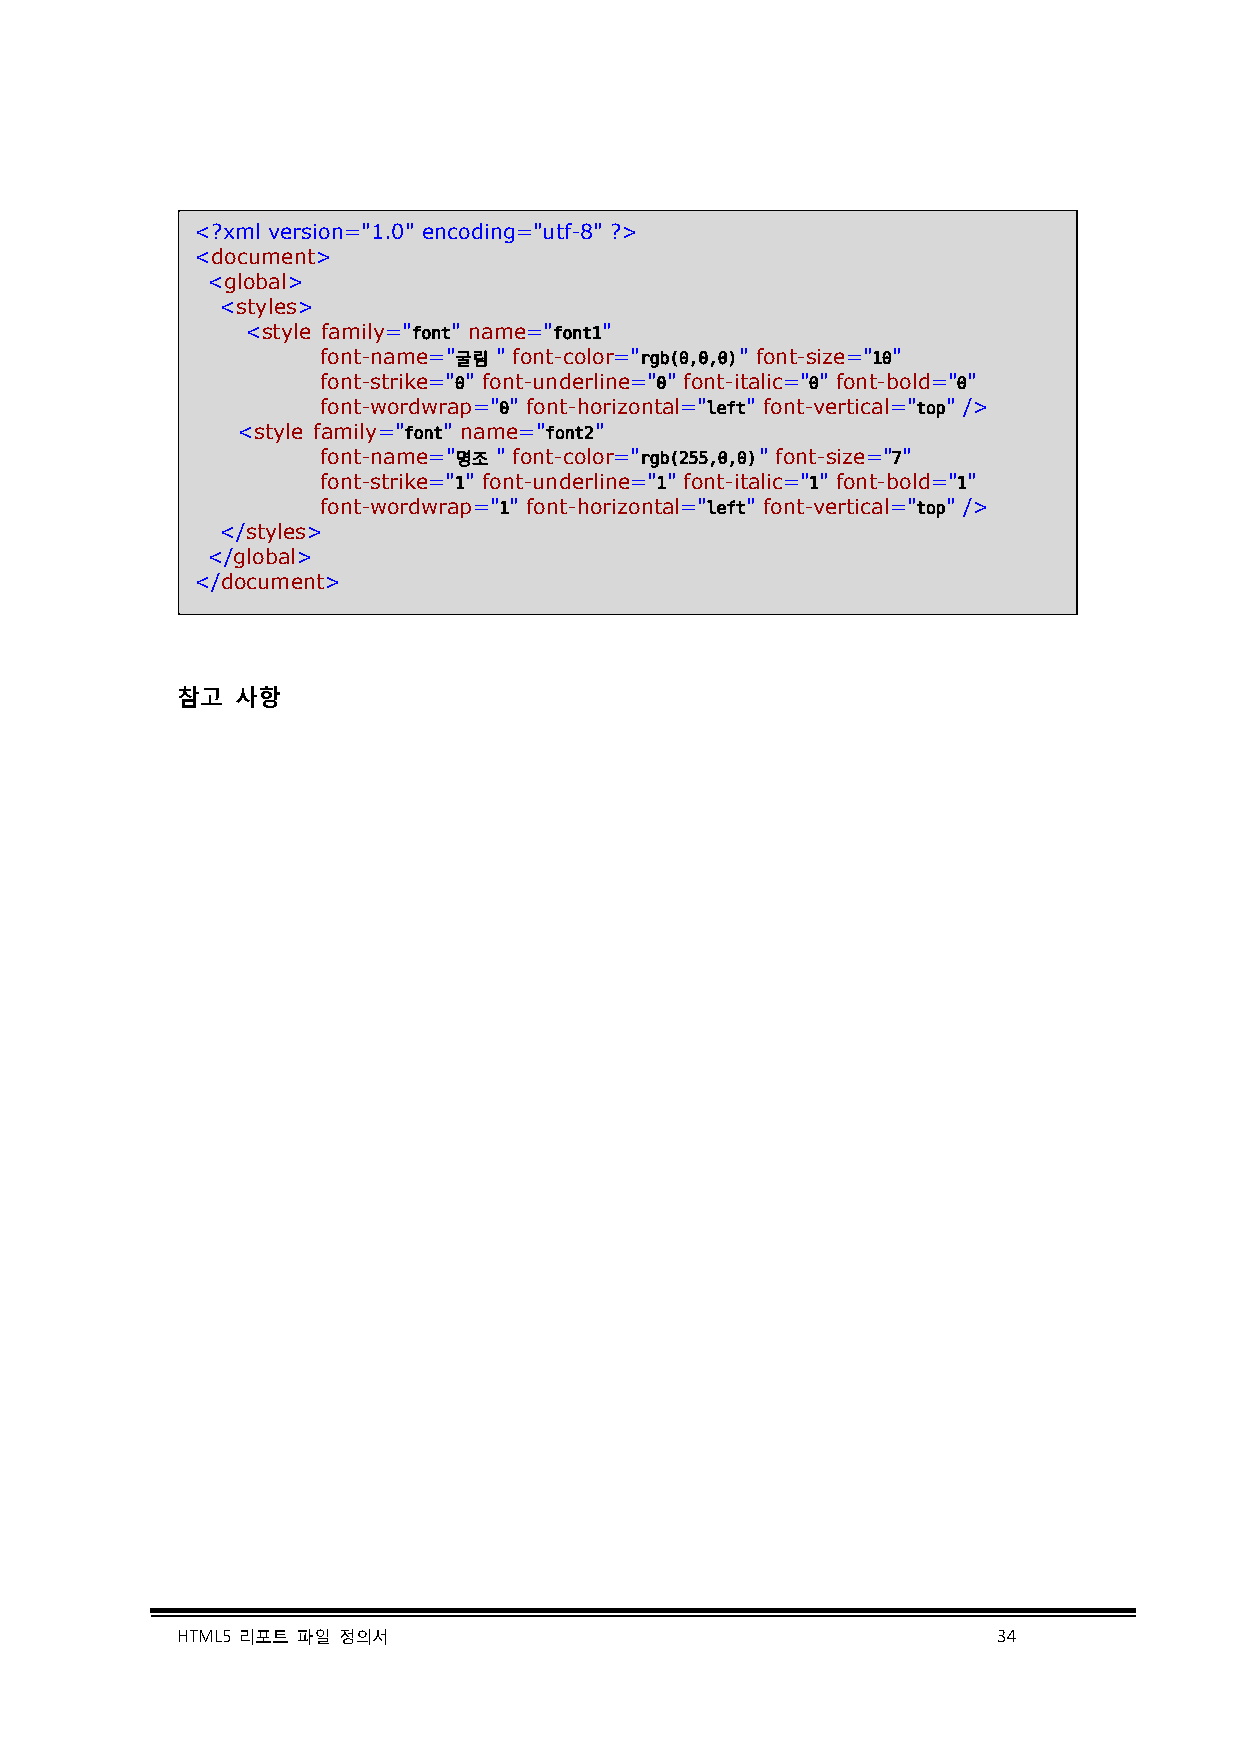
<?xml version="1.0" encoding="utf-8" ?>
 <document>
 <global>
 <styles>
 <style family="font" name="font1"
 font-name="굴림 " font-color="rgb(0,0,0)" font-size="10"
 font-strike="0" font-underline="0" font-italic="0" font-bold="0"
 font-wordwrap="0" font-horizontal="left" font-vertical="top" />
 <style family="font" name="font2"
 font-name="명조 " font-color="rgb(255,0,0)" font-size="7"
 font-strike="1" font-underline="1" font-italic="1" font-bold="1"
 font-wordwrap="1" font-horizontal="left" font-vertical="top" />
 </styles>
 </global>
 </document>
 참고  사항
 HTML5 리포트 파일 정의서                                      34